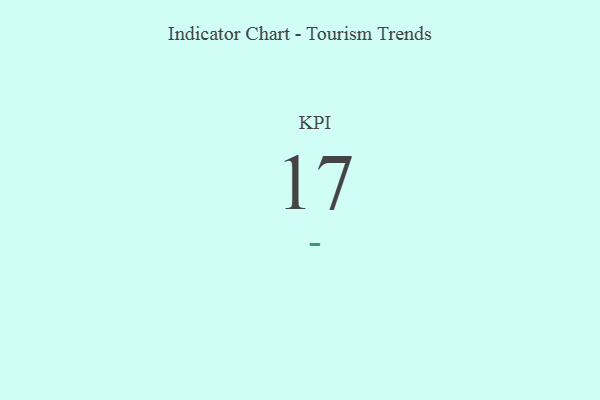
{"axis": {"x": "KPI", "y": "Value"}, "legend": [""], "data": [{"x": "KPI", "y": 17, "type": ""}]}